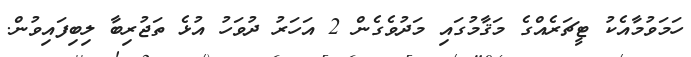
ހަމަވުމާއެކު ޓީޗަރެއްގެ މަޤާމުގައި މަދުވެގެން 2 އަހަރު ދުވަހު އުޅެ ތަޖުރިބާ ލިބިފައިވުން.